Civil Veterinary Dept. Assam report 1927-50 - 1927-1950
Year: 1927
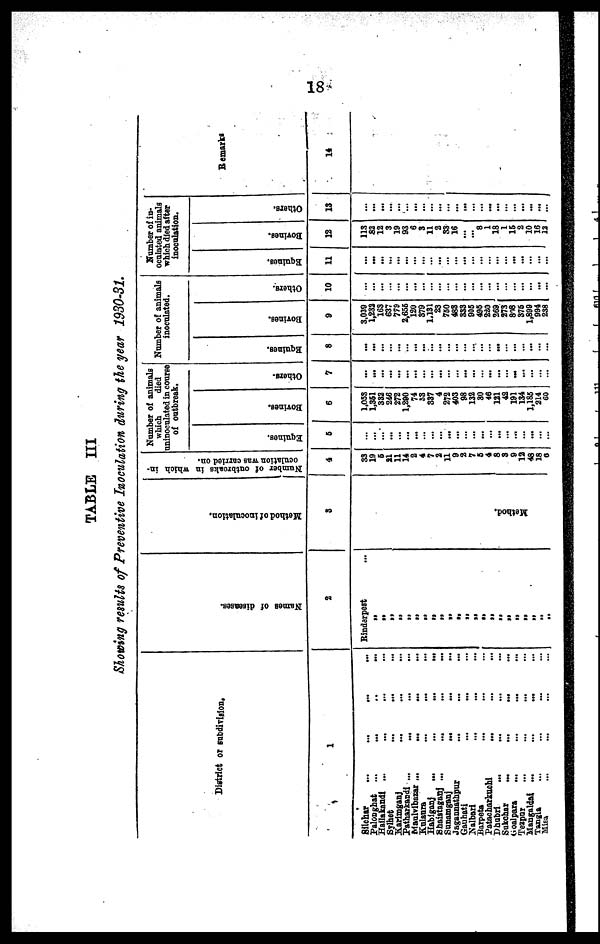
18
TABLE III
Showing results of Preventive Inoculation during the year 1930-31.
District or subdivision.
1
Silchar ... ... ... ... ...
Paloaghat ... ... ... ...
Hailskandi ... ... ... ...
Sylhet ... ... ...
Karimganj ... ... ...
Patharkandi ...
... ... ...
Maulvibazar ...
...
... ...
Kulaura ... ... ...
Habiganj
...
...
...
...
Shaistaganj ...
... ... ...
Sunamganj
... ... ...
Jagannathpur
...
... ...
Gauhati ... ... ...
Nalbari ... ... ...
Barpets ... ... ...
Patacharkuchi
... ... ...
Dhubri ... ... ... ...
Sukchar
...
...
... ...
Goalpars ... ... ... ...
Tezpur ... ... ... ...
Mangaldai ... ... ...
...
Tangia ... ... ... ...
Misa ... ... ... ...
Na me s of di s eas es .
2
Rinderpest ...
„
„
„
„
„
„
„
„
„
„
„
„
„
„
„
„
„
„
„
„
„
„
Me thod of inoculation.
3
Method.
Number of outbreaks in which in-
oculation was carried on.
4
33
19
6
21
11
14
2
4
7
2
11
9
2
7
6
4
8
3
9
12
48
18
6
Number of animals
which
died
uninoculated in course
of outbreak.
Equines.
5
...
...
...
...
...
...
...
...
...
...
...
...
...
...
...
...
...
...
...
...
...
...
...
Bovines.
6
1,053
1,361
332
246
272
1,290
74
53
337
4
272
403
98
132
30
46
121
42
191
134
1,186
214
60
Others.
7
...
...
...
...
...
...
...
...
...
...
...
...
...
...
...
...
...
...
...
...
...
...
...
Number of animals
inoculated.
Equines.
8
...
...
...
...
...
...
...
...
...
...
...
...
...
...
...
......
...
...
...
...
...
... ...
Bovines.
9
3,039
1,232
163
637
779
2,655
120
379
1,131
23
760
483
333
906
496
220
269
273
808
376
1,899
994
238
Others.
10
...
...
...
...
...
...
...
...
...
...
...
...
...
...
...
...
...
...
...
...
...
...
...
Number of in-
oculated animals
which died after
inoculation.
Equines.
11
...
...
...
...
...
...
...
...
...
...
...
...
...
...
...
...
...
...
...
...
...
...
...
Bovines.
12
113
82
12
3
19
93
6
3
11
2
33
16
...
...
8
1
18
1
16
2
10
16
12
Others.
13
...
...
...
...
...
...
...
...
...
...
...
...
...
...
...
...
...
...
...
...
...
...
...
Remarks
14